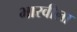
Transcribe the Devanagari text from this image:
भारवीला